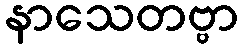
နာသေတဗ္ဗာ